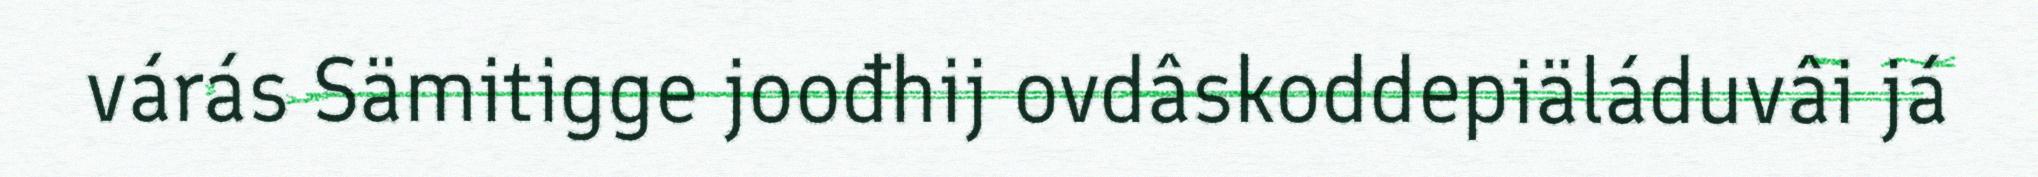
várás Sämitigge joođhij ovdâskoddepiäláduvâi já